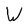
Character: W